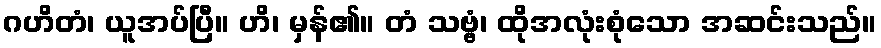
ဂဟိတံ၊ ယူအပ်ပြီ။ ဟိ၊ မှန်၏။ တံ သဗ္ဗံ၊ ထိုအလုံးစုံသော အဆင်းသည်။